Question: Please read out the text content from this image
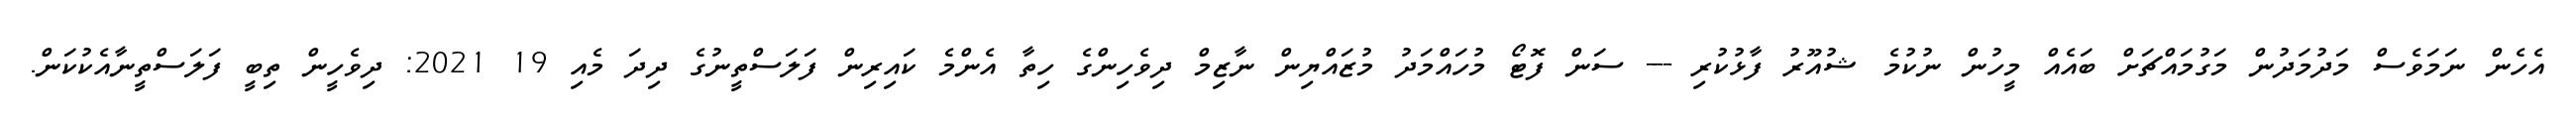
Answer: އެހެން ނަމަވެސް މަދުމަދުން މަގުމައްޗަށް ބައެއް މީހުން ނުކުމެ ޝުއޫރު ފާޅުކުރި --- ސަން ފޮޓޯ މުހައްމަދު މުޒައްޔިން ނާޒިމް ދިވެހިންގެ ހިތާ އެންމެ ކައިރިން ފަލަސްތީނުގެ ދިދަ މެއި 19 2021: ދިވެހީން ތިބީ ފަލަސްތީނާއެކުކަން.